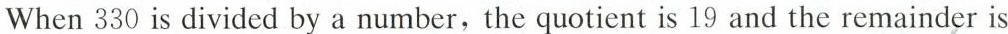
When 330 is divided by a number,the quotient is 19 and the re mainder is